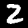
Digit: 2